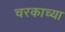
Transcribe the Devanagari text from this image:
चरकाच्या